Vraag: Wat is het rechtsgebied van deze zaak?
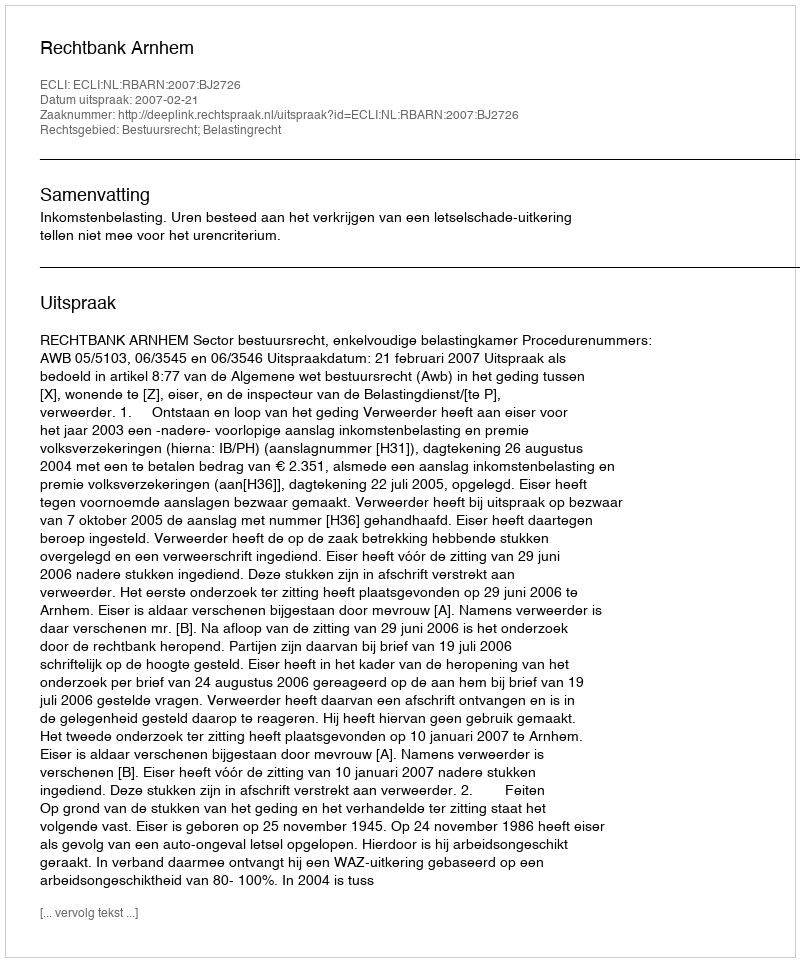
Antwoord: Bestuursrecht; Belastingrecht